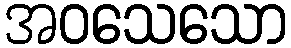
အဝသေသော